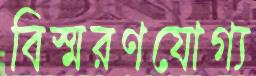
বিস্মরণযোগ্য